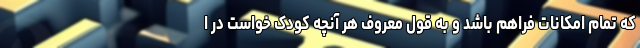
که تمام امکانات فراهم باشد و به قول معروف هر آنچه کودک خواست در ا